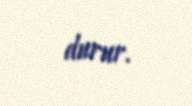
durur.